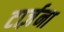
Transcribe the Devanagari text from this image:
टार्ज़ना